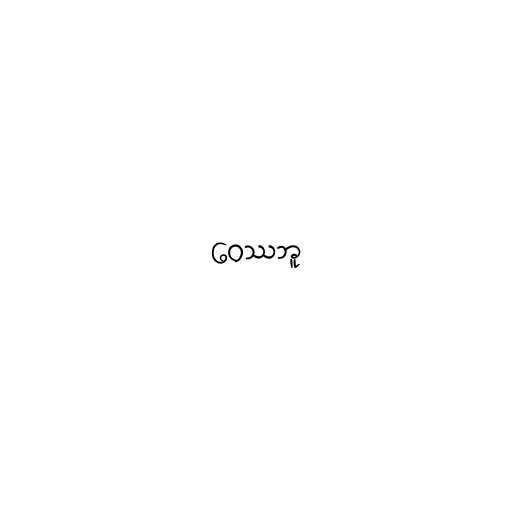
ဝေဿဘူ